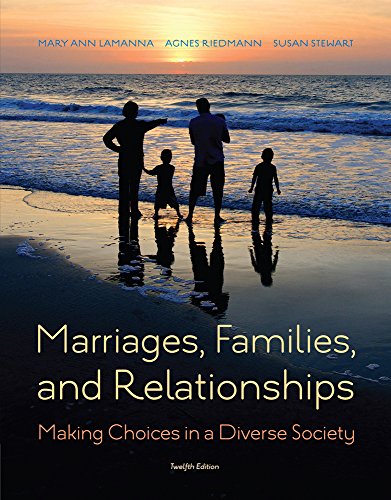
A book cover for Marriages, Families, and Relationships: Making Choices in a Diverse Society; Mary Ann Lamanna; Parenting & Relationships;